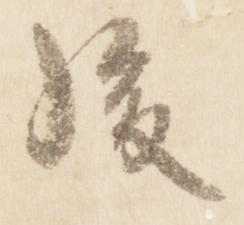
後